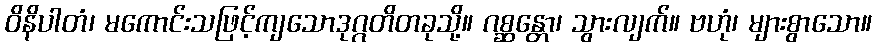
ဝိနိပါတံ၊ မကောင်းသဖြင့်ကျသောဒုဂ္ဂတိတခုသို့။ ဂစ္ဆန္တော၊ သွားလျက်။ ဗဟုံ၊ များစွာသော။